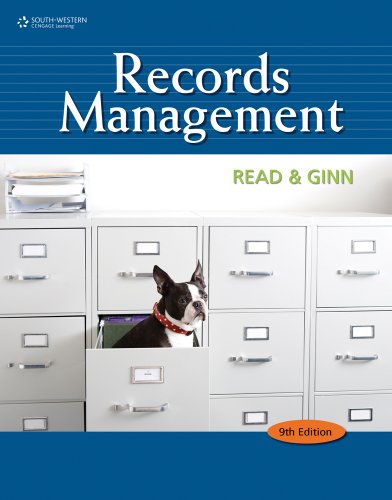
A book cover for Bundle: Records Management, 9th + Simulation; Judith Read; Business & Money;